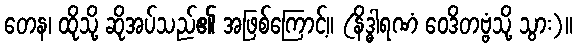
တေန၊ ထိုသို့ ဆိုအပ်သည်၏ အဖြစ်ကြောင့်။ (နိဒ္ဓါရဏံ ဝေဒိတဗ္ဗံသို့ သွား)။